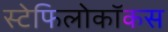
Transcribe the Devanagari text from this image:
स्टेफिलोकॉकस